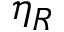
\eta _ { R }